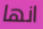
انها